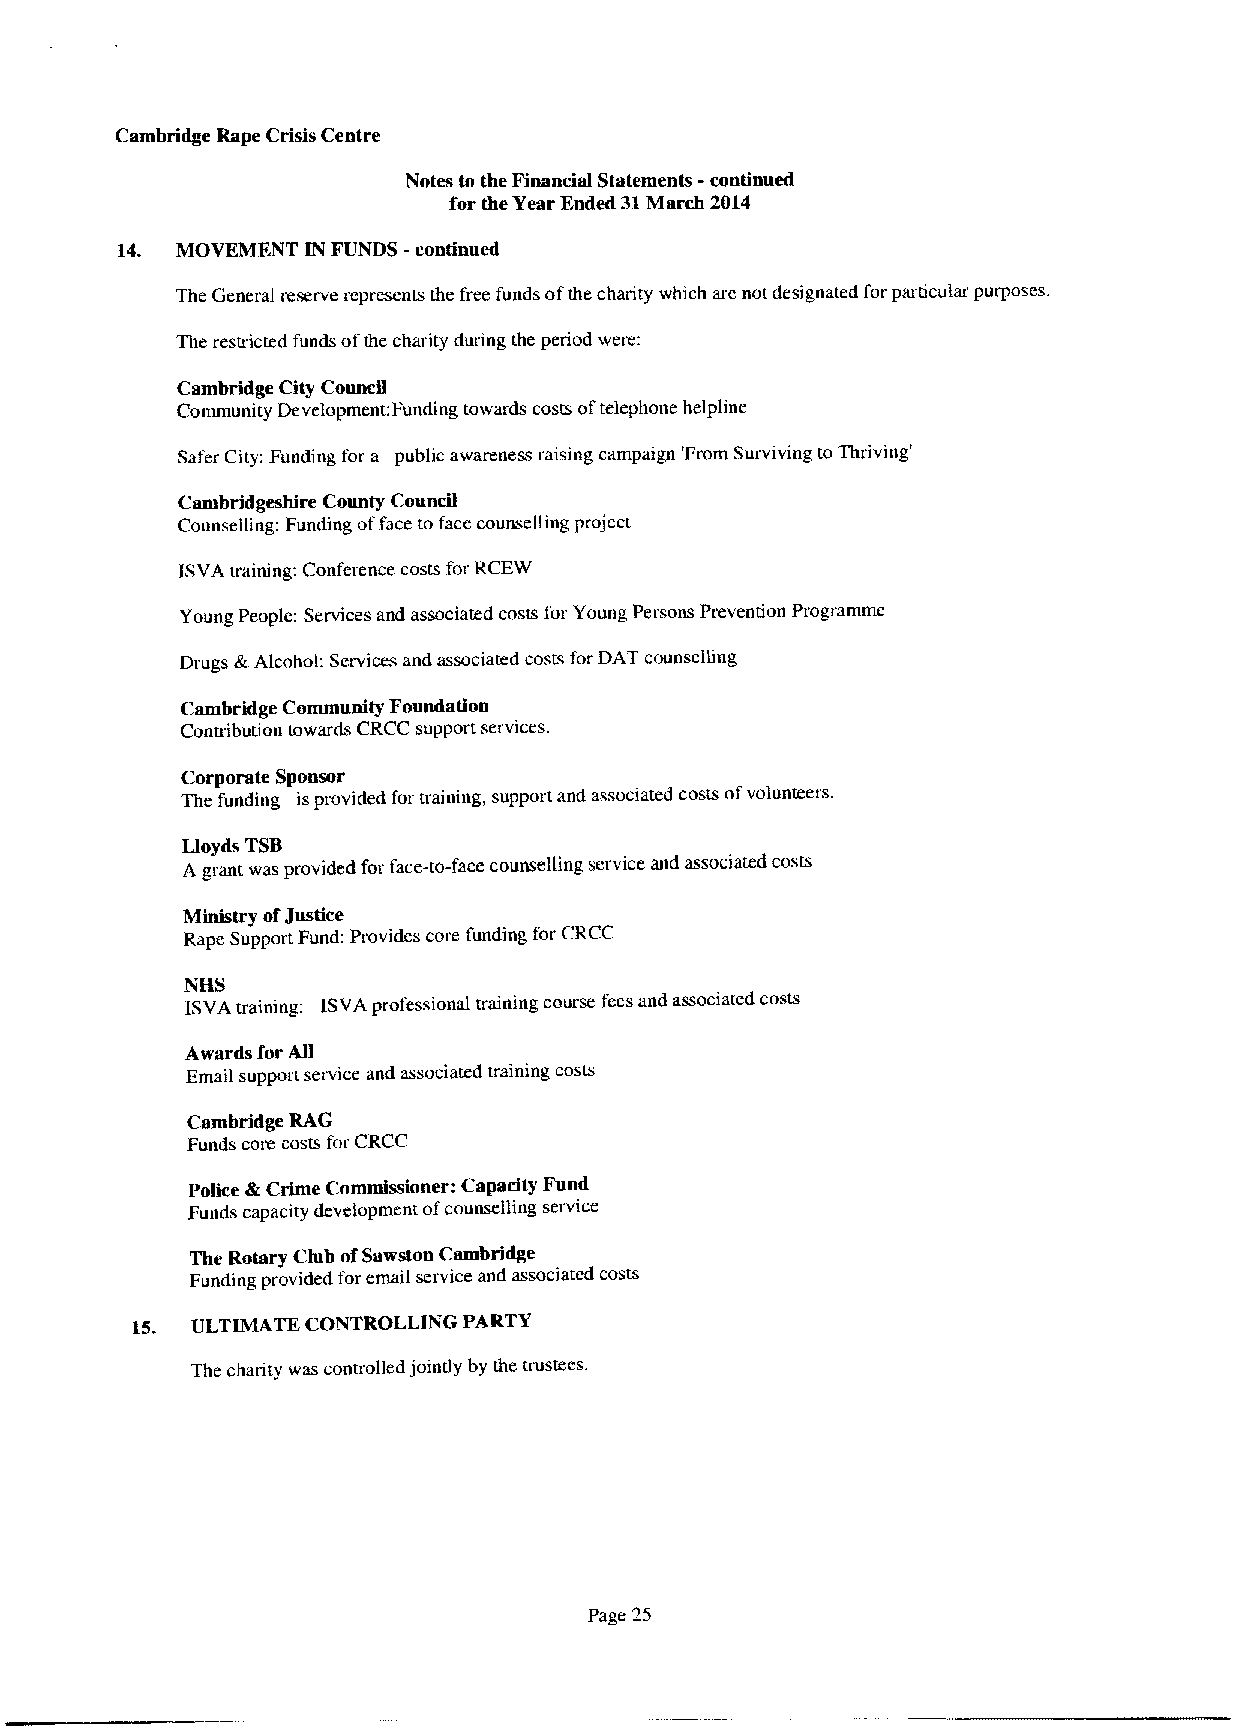
Cambridge Rape Crisis Centre
 Notes to the Financial Statements -continued
 for the Year Ended 31March 2014
 14. MOVEMENT IN FUNDS -continued
 The General reserve represents the free funds ofthe charity which are not designated for particular purposes.
 The restricted funds ofthe charity during the period wet&:
 Cambridge City Council
 Community Development:Funding towards costs oftelephone helpline
 Safer City: Funding for a public awareness raising campaign 'From Surviving to Thriving'
 Cambridgeshire County Council
 Counselling: Funding offace to face counselling project
 ISVA training: Conference costs for RCE%'
 Young People: Services and associated costs for Young Persons Prevention Programme
 Drugs &Alcohol: Services and associated costs for DAT counselling
 Cambridge Community Foundation
 Contribution towards CRCC support services.
 Corporate Sponsor
 The funding isprovided for uaining, support and associated costs ofvolunteers.
 Lloyds TSB
 A grant was provided for face-to-face counselling service and associated costs
 Ministry ofJustice
 Rape Support Fund: Provides core funding for CRCC
 NHS
 ISVA training: ISVA professional training course fees and associated costs
 Awards for All
 Email support service and associated training costs
 Cambridge RAG
 Funds core costs for CRCC
 Police 4 Crime Commissioner: Capacity Fund
 Funds capacity development ofcounselling service
 The Rotary Club ofSawstou Cambridge
 Funding provided for email service and associated costs
 15. ULTIMATE CONTROLLING PARTY
 The charity was controlled jointly by the trustees.
 Page 25